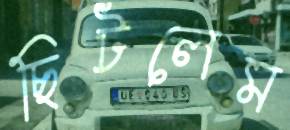
ছিটলেম